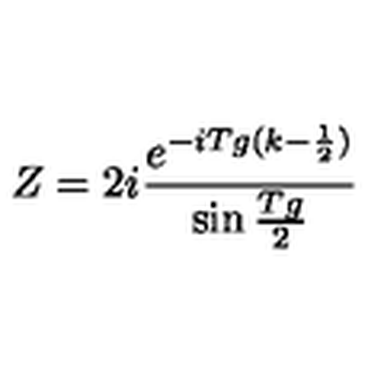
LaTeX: Z = 2 i \frac { e ^ { - i T g ( k - \frac { 1 } { 2 } ) } } { \sin \frac { T g } { 2 } }